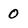
Character: 0